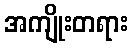
အကျိုးတရား